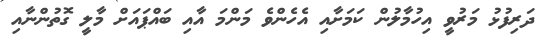
ދަރިފުޅު މަރުވީ އިހުމާލުން ކަމަށާއި އެހެންވެ މަންމަ އާއި ބައްޕައަށް މާލީ ގޮތުންނާއި